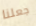
جعلنا